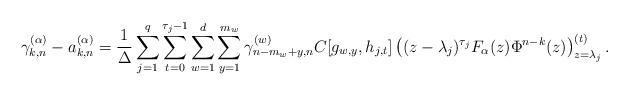
LaTeX: \begin{align*}\gamma_{k,n}^{(\alpha)}-a_{k,n}^{(\alpha)}=\frac{1}{\Delta}\sum_{j=1}^{q} \sum_{t=0}^{\tau_j-1} \sum_{w=1}^{d}\sum_{y=1}^{m_w} \gamma_{n-m_w+y,n}^{(w)}C[g_{w,y}, h_{j,t}] \left( (z-\lambda_j)^{\tau_j}F_\alpha(z) \Phi^{n-k}(z) \right)^{(t)}_{z=\lambda_j}.\end{align*}